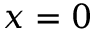
x = 0